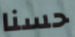
حسنا